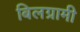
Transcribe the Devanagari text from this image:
बिलग्रामी